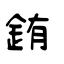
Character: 銪